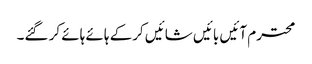
محترم آئیں بائیں شائیں کرکے ہائے ہائے کر گئے۔